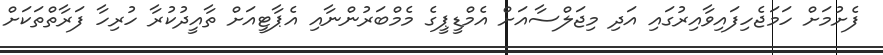
ފެށުމަށް ހަމަޖެހިފައިވާއިރުގައި އަދި މިޖަލްސާއަށް އެމްޑީޕީގެ މެމްބަރުންނާއި އެޕާޓީއަށް ތާއީދުކުރާ ހުރިހާ ފަރާތްތަކަށް